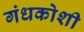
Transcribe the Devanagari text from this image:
गंधकोशी